Report on vaccination in Madras 1877-1894 - 1877-1894
Year: 1877
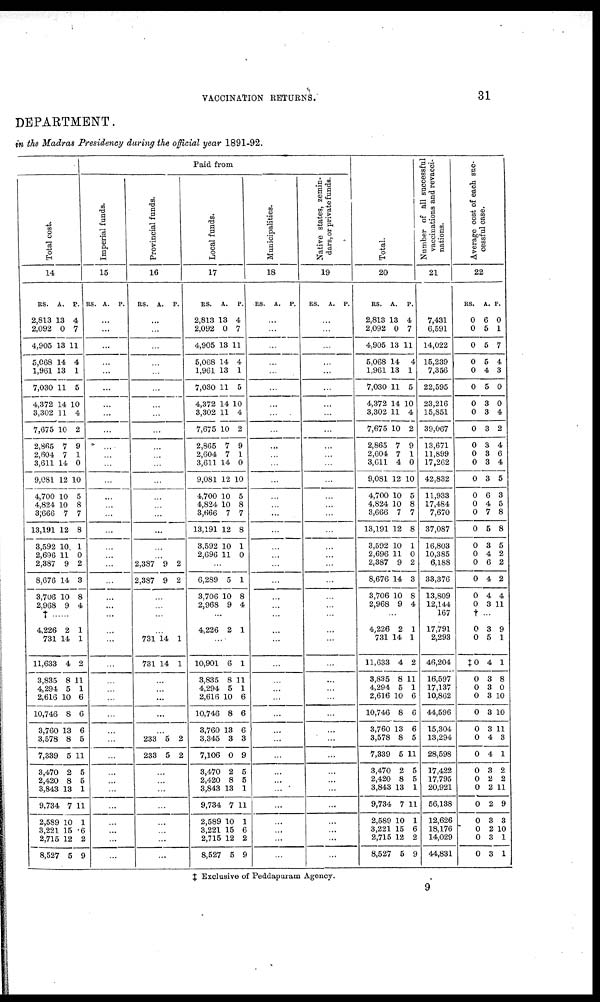
VACCINATION RETURNS.
31
DEPARTMENT.
in the Madras Presidency during the official year 1891-92.
Total cost.
14
RS.
2,813
2,092
4,905
5,068
1,961
7,030
4,372
3,302
7,675
2,865
2,604
3,611
9,081
4,700
4,824
3,666
13,191
3,592
2,696
2,387
8,676
3,706
2,968
A.
13
0
13
14
13
11
14
11
10
7
7
14
12
10
10
7
12
10
11
9
14
10
9
P.
4
7
11
4
1
5
10
4
2
9
1
0
10
5
8
7
8
1
0
2
3
8
4
†
4,226
731
11,633
3,835
4,294
2,616
10,746
3,760
3,578
7,339
3,470
2,420
3,843
9,734
2,589
3,221
2,715
8,527
2
14
4
8
5
10
8
13
8
5
2
8
13
7
10
15
12
5
1
1
2
11
1
6
6
6
5
11
5
5
1
11
1
6
2
9
Paid from
Imperial funds.
15
RS. A. P.
...
...
...
...
...
...
...
...
...
...
...
...
...
...
...
...
...
...
...
...
...
...
...
...
...
...
...
...
...
...
...
...
...
...
...
...
...
...
...
...
...
...
Provincial funds.
16
RS. A. P.
...
...
...
...
...
...
...
...
...
...
...
...
...
...
...
...
...
...
...
2,387
2,387
9
9
2
2
...
...
...
...
731
731
14
14
1
1
...
...
...
...
...
233
233
5
5
2
2
...
...
...
...
...
...
...
...
Local funds.
17
RS.
2,813
2,092
4,905
5,068
1,961
7,030
4,372
3,302
7,675
2,865
2,604
3,611
9,081
4,700
4,824
3,666
13,191
3,592
2,696
A.
13
0
13
14
13
11
14
11
10
7
7
14
12
10
10
7
12
10
11
P.
4
7
11
4
1
5
10
4
2
9
1
0
10
5
8
7
8
1
0
...
6,289
3,706
2,968
5
10
9
1
8
4
...
4,226 2 1
...
10,901
3,835
4,294
2,616
10,746
3,760
3,345
7,106
3,470
2,420
3,843
9,734
2,589
3,221
2,715
8,527
6
8
5
10
8
13
3
0
2
8
13
7
10
15
12
5
1
11
1
6
6
6
3
9
5
5
1
11
1
6
2
9
Municipalities.
18
RS. A. P.
...
...
...
...
...
...
...
...
...
...
...
...
...
...
...
...
...
...
...
...
...
...
...
...
...
...
...
...
...
...
...
...
...
...
...
...
...
...
...
...
...
...
Native states, zemin-
dars, or private funds.
19
RS. A. P.
...
...
...
...
...
...
...
...
...
...
...
...
...
...
...
...
...
...
...
...
...
...
...
...
...
...
...
...
...
...
...
...
...
...
...
...
...
...
...
...
...
...
Total.
20
RS.
2,813
2,092
4,905
5,068
1,961
7,030
4,372
3,302
7,675
2,865
2,604
3,611
9,081
4,700
4,824
3,666
13,191
3,592
2,696
2,387
8,676
3,706
2,968
A.
13
0
13
14
13
11
14
11
10
7
7
4
12
10
10
7
12
10
11
9
14
10
9
P.
4
7
11
4
1
5
10
4
2
9
1
0
10
5
8
7
8
1
0
2
3
8
4
...
4,226
731
11,633
3,835
4,294
2,616
10,746
3,760
3,578
7,339
3,470
2,420
3,843
9,734
2,589
3,221
2,715
8,527
2
14
4
8
5
10
8
13
8
5
2
8
13
7
10
15
12
5
1
1
2
11
1
6
6
6
5
11
5
5
1
11
1
6
2
9
Number of all successful
vaccinations and revacci-
nations.
21
7,431
6,591
14,022
15,239
7,356
22,595
23,216
15,851
39,067
13,671
11,899
17,262
42,832
11,933
17,484
7,670
37,087
16,803
10,385
6,188
33,376
13,809
12,144
167
17,791
2,293
46,204
16,597
17,137
10,862
44,596
15,304
13,294
28,598
17,422
17,795
20,921
56,138
12,626
18,176
14,029
44,831
Average cost of each suc-
cessful case.
22
RS.
0
0
0
0
0
0
0
0
0
0
0
0
0
0
0
0
0
0
0
0
0
0
0
A.
6
5
5
5
4
5
3
3
3
3
3
3
3
6
4
7
5
8
4
6
4
4
3
P.
0
1
7
4
3
0
0
4
2
4
6
4
5
3
5
8
8
5
2
2
2
4
11
† ...
0
0
†0
0
0
0
0
0
0
0
0
0
0
0
0
0
0
0
3
5
4
3
3
3
3
3
4
4
3
2
2
2
3
2
3
3
9
1
1
8
0
10
10
11
3
1
2
2
11
9
3
10
1
1
‡ Exclusive of Peddapuram Agency.
9